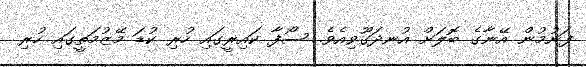
ފަނުމުން އޭނާގެ ބޮލަށް އުނދަގޫވިއެވެ. ސޯފާ ކައިރީގައި ހުރި ކުޑަ މޭޒުމަތީގައި ހުރި